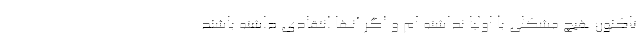
تاکنون هیچ مشکلی با اولیا نداشته ام و اگر آنها انتقادی داشته باشند